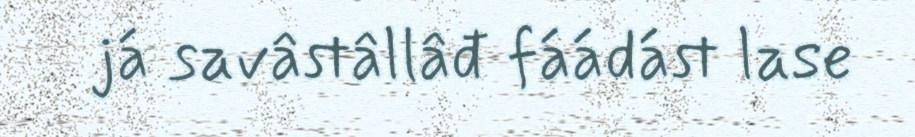
já savâstâllâđ fáádást lase